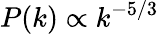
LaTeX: P(k)\propto k^{-5/3}